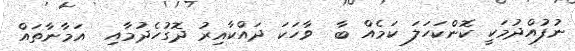
ނުފުއްދުމަކީ ކޮންކަހަލަ ކަމެއް ބާ  ވާހަކަ ދައްކާއިރު ދޮގުހެދުމާއި  އަމާނާތައް